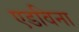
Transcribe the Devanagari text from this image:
एडविना